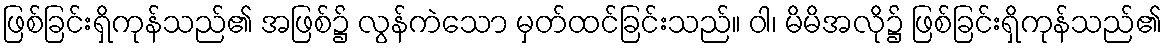
ဖြစ်ခြင်းရှိကုန်သည်၏ အဖြစ်၌ လွန်ကဲသော မှတ်ထင်ခြင်းသည်။ ဝါ၊ မိမိအလို၌ ဖြစ်ခြင်းရှိကုန်သည်၏